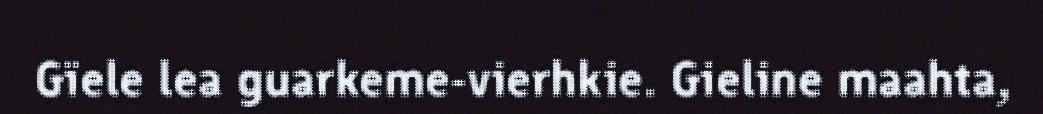
Gïele lea guarkeme-vierhkie. Gieline maahta,